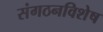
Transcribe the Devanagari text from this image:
संगठनविशेष